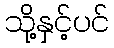
သို့နှင့်ပင်